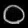
Digit: ၀